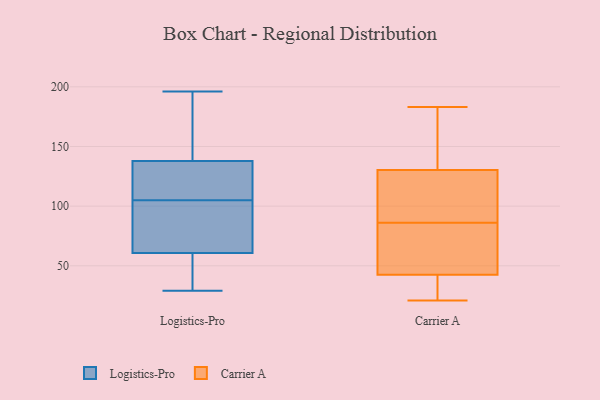
{"axis": {"x": "Churn Rate (%)", "y": "Value"}, "legend": ["Carrier A", "Logistics-Pro"], "data": [{"x": "", "y": 59, "type": "Logistics-Pro"}, {"x": "", "y": 146, "type": "Logistics-Pro"}, {"x": "", "y": 196, "type": "Logistics-Pro"}, {"x": "", "y": 113, "type": "Logistics-Pro"}, {"x": "", "y": 181, "type": "Logistics-Pro"}, {"x": "", "y": 34, "type": "Logistics-Pro"}, {"x": "", "y": 109, "type": "Logistics-Pro"}, {"x": "", "y": 66, "type": "Logistics-Pro"}, {"x": "", "y": 29, "type": "Logistics-Pro"}, {"x": "", "y": 101, "type": "Logistics-Pro"}, {"x": "", "y": 105, "type": "Logistics-Pro"}, {"x": "", "y": 87, "type": "Carrier A"}, {"x": "", "y": 46, "type": "Carrier A"}, {"x": "", "y": 78, "type": "Carrier A"}, {"x": "", "y": 179, "type": "Carrier A"}, {"x": "", "y": 22, "type": "Carrier A"}, {"x": "", "y": 92, "type": "Carrier A"}, {"x": "", "y": 32, "type": "Carrier A"}, {"x": "", "y": 114, "type": "Carrier A"}, {"x": "", "y": 181, "type": "Carrier A"}, {"x": "", "y": 86, "type": "Carrier A"}, {"x": "", "y": 84, "type": "Carrier A"}, {"x": "", "y": 183, "type": "Carrier A"}, {"x": "", "y": 22, "type": "Carrier A"}, {"x": "", "y": 104, "type": "Carrier A"}, {"x": "", "y": 53, "type": "Carrier A"}, {"x": "", "y": 183, "type": "Carrier A"}, {"x": "", "y": 21, "type": "Carrier A"}]}